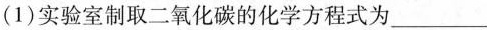
(1)实验室制取二氧化碳的化学方式为___